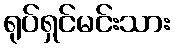
ရုပ်ရှင်မင်းသား